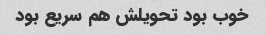
خوب بود تحویلش هم سریع بود